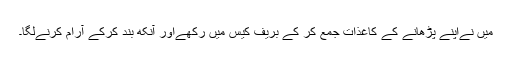
میں نےاپنے پڑھانے کے کاغذات جمع کر کے بریف کیس میں رکھےاور آنکھ بند کرکے آرام کرنےلگا۔